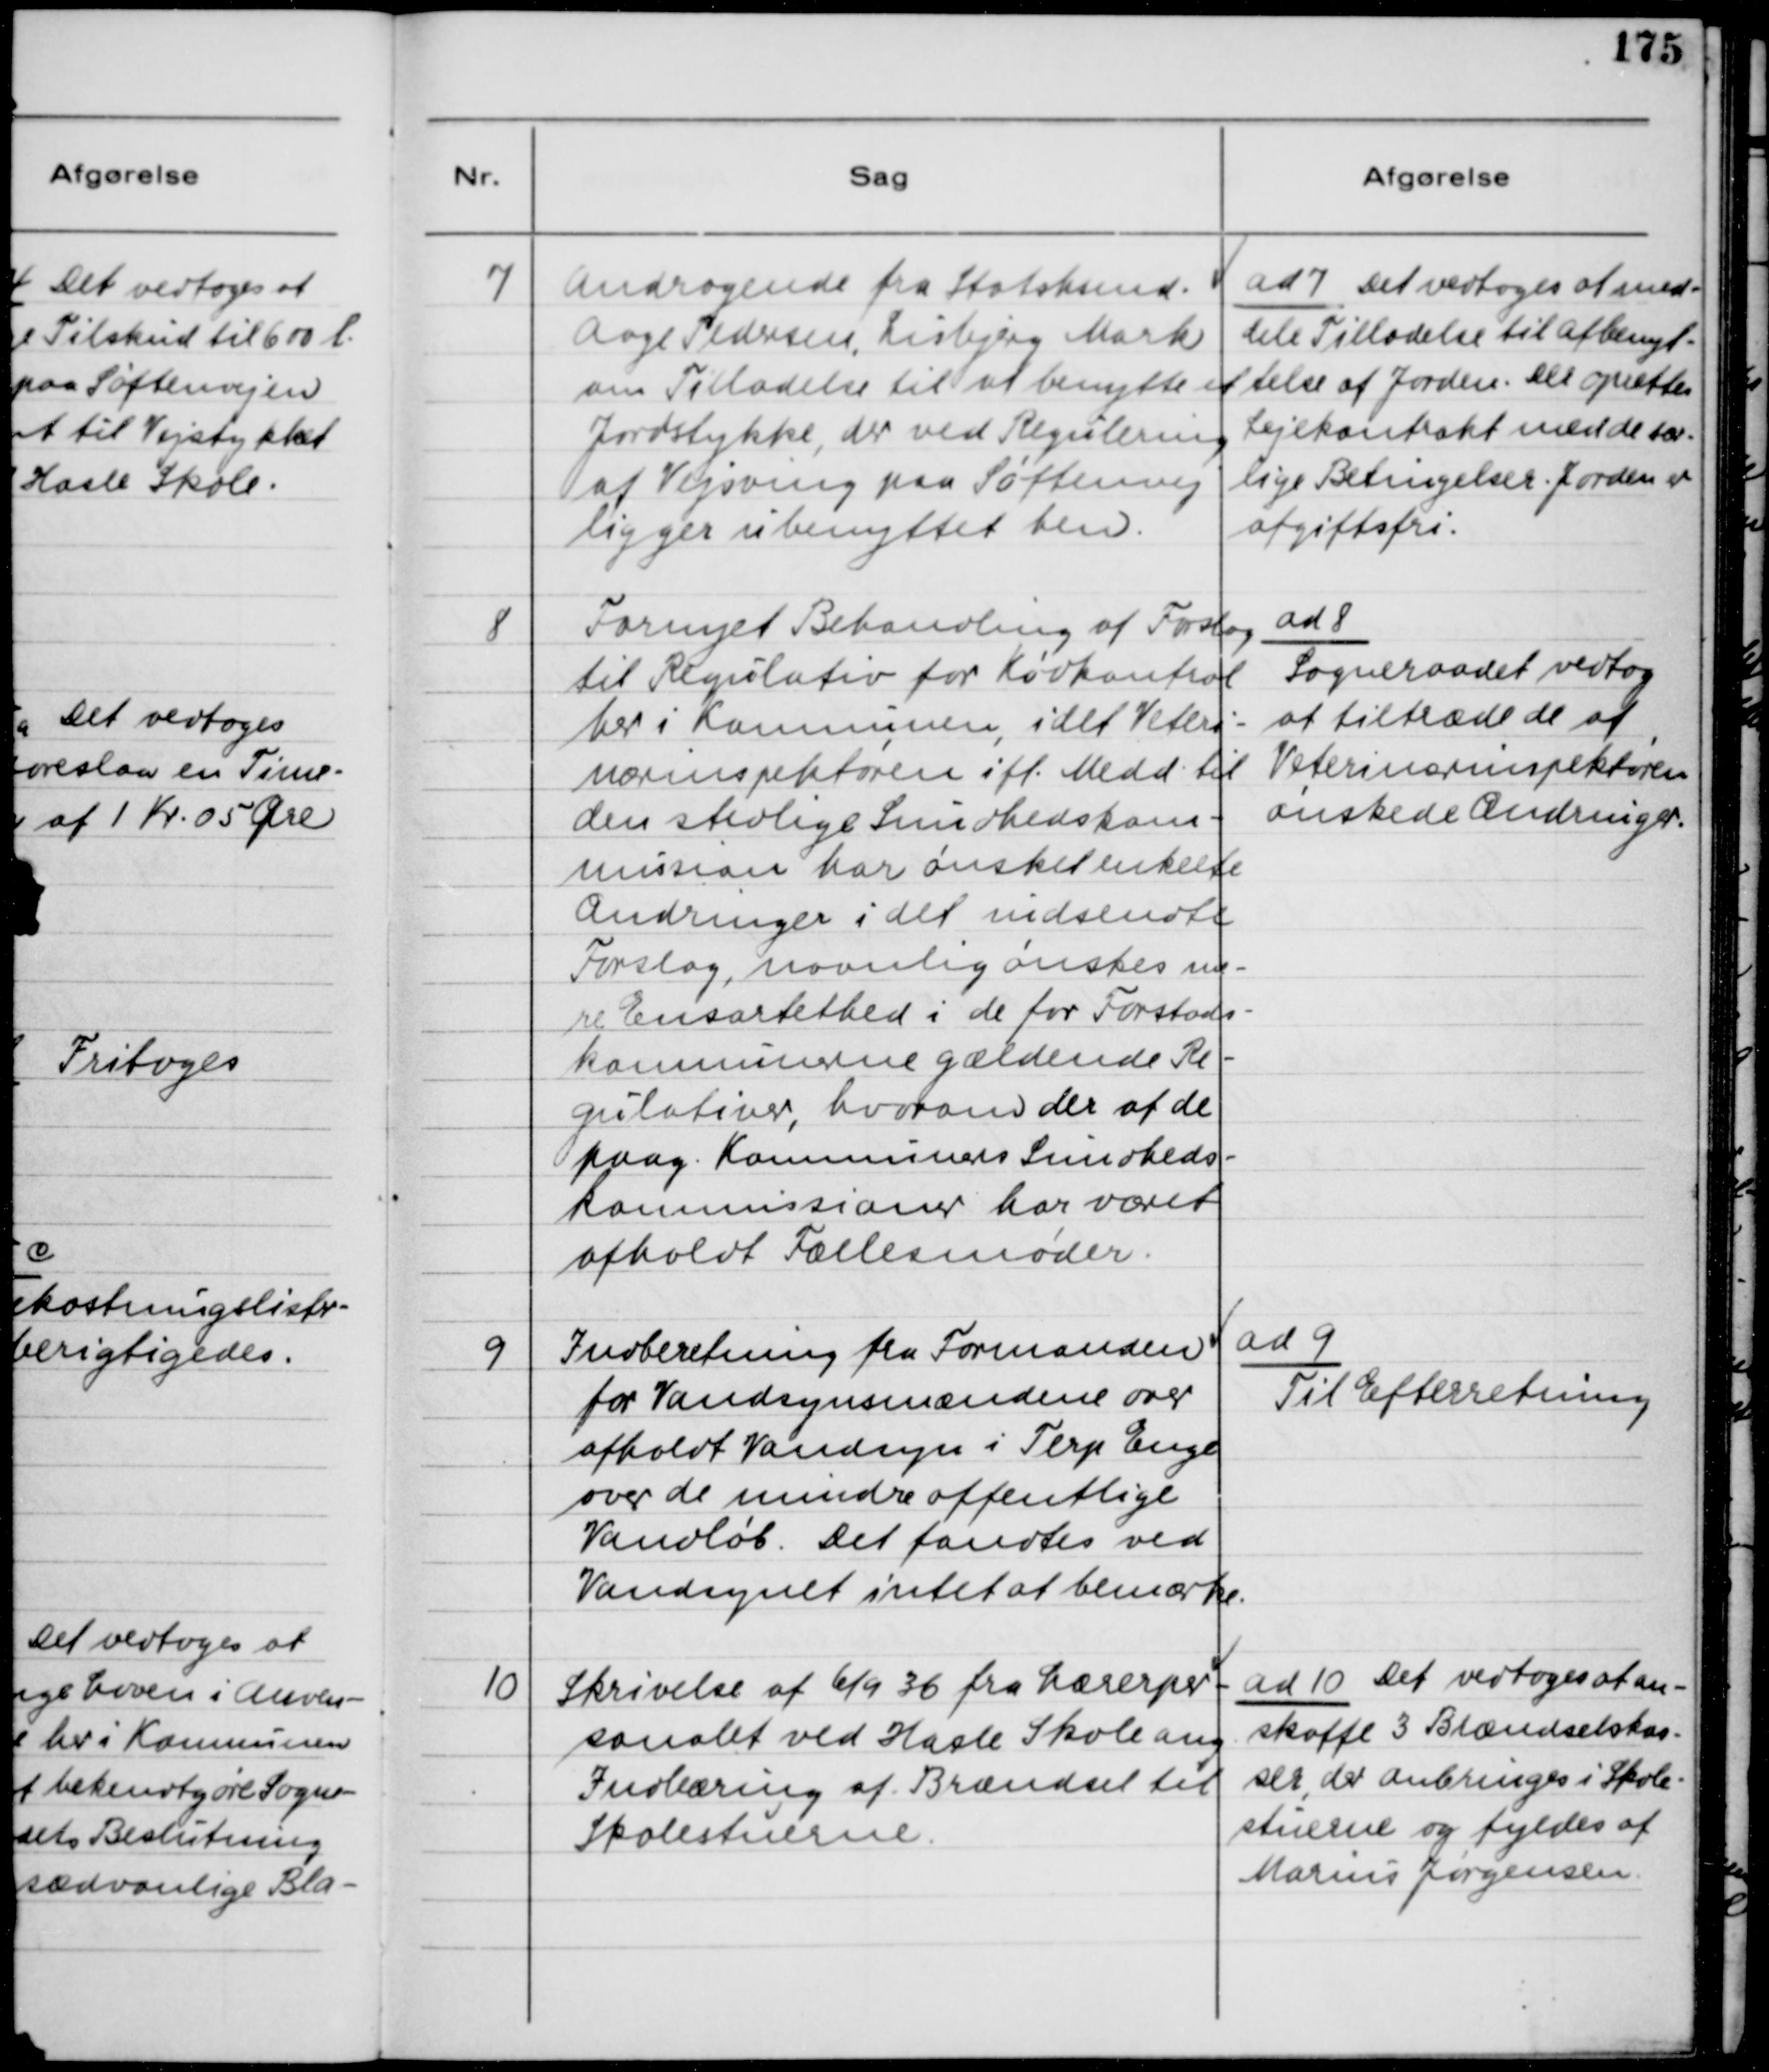
Transskription:
7
Andragende fra Statshsmd.
Aage Pedersen, Lisbjerg Mark
om Tilladelse til at benytte et
Jordstykke, der ved Regulering
af Vejsving paa Søftenvej
ligger ubenyttet hen.
ad 7 Det vedtoges at med-
dele Tilladelse til Afbenyt-
telse af Jorden. Der oprettes
Lejekontrakt med de sær-
lige Betingelser. Jorden er
afgiftsfri.
8
Fornyet Behandling af Forslag
til Regulativ for Kødkontrol
her i Kommunen, idet Veteri-
nærinspektøren ifl. Medd. til
den Stedlige Sundhedskom-
mission har ønsket enkelte
Ændringer i det indsendte
Forslag, navnlig ønskes me-
re Ensartethed i de for Forstads-
kommunerne gældende Re-
gulativer, hvorom der af de
paag. Kommuners Sundheds-
kommissioner har været
afholdt Fællesmøder.
ad 8
Sogneraadet vedtog
at tiltræde de af
Veterinærinspektøren
ønskede Ændringer.
9
Indberetning fra Formanden
for Vandsynsmændene over
afholdt Vandsyn i Terp Enge
over de mindre offentlige
Vandløb. Det fandtes ved
Vandsynet intet at bemærke.
ad 9
Til Efterretning
10
Skrivelse af 6/9 36 fra Lærerper-
sonalet ved Hasle Skole ang
Indbæring af Brændsel til
Skolestuerne.
ad 10 Det vedtoges at an-
skaffe 3 Brændselskas-
ser, der anbringes i Skole-
stuerne og fyldes af 
Marius Jørgensen.